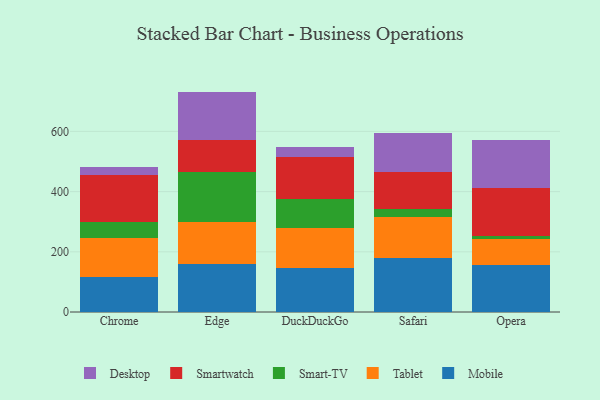
{"axis": {"x": "Browser", "y": "Production Output"}, "legend": ["Desktop", "Mobile", "Smart-TV", "Smartwatch", "Tablet"], "data": [{"x": "Chrome", "y": 115.6, "type": "Mobile"}, {"x": "Chrome", "y": 129.5, "type": "Tablet"}, {"x": "Chrome", "y": 55.2, "type": "Smart-TV"}, {"x": "Chrome", "y": 153.6, "type": "Smartwatch"}, {"x": "Chrome", "y": 28.3, "type": "Desktop"}, {"x": "Edge", "y": 159.7, "type": "Mobile"}, {"x": "Edge", "y": 139.2, "type": "Tablet"}, {"x": "Edge", "y": 167.3, "type": "Smart-TV"}, {"x": "Edge", "y": 105.5, "type": "Smartwatch"}, {"x": "Edge", "y": 160.6, "type": "Desktop"}, {"x": "DuckDuckGo", "y": 144.9, "type": "Mobile"}, {"x": "DuckDuckGo", "y": 133.2, "type": "Tablet"}, {"x": "DuckDuckGo", "y": 98.8, "type": "Smart-TV"}, {"x": "DuckDuckGo", "y": 139.6, "type": "Smartwatch"}, {"x": "DuckDuckGo", "y": 32.2, "type": "Desktop"}, {"x": "Safari", "y": 179.7, "type": "Mobile"}, {"x": "Safari", "y": 135.5, "type": "Tablet"}, {"x": "Safari", "y": 26.1, "type": "Smart-TV"}, {"x": "Safari", "y": 125.3, "type": "Smartwatch"}, {"x": "Safari", "y": 126.7, "type": "Desktop"}, {"x": "Opera", "y": 157.1, "type": "Mobile"}, {"x": "Opera", "y": 86.0, "type": "Tablet"}, {"x": "Opera", "y": 10.3, "type": "Smart-TV"}, {"x": "Opera", "y": 157.8, "type": "Smartwatch"}, {"x": "Opera", "y": 159.3, "type": "Desktop"}]}